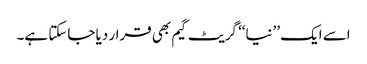
اسے ایک ’’نیا‘‘ گریٹ گیم بھی قرار دیا جاسکتا ہے۔